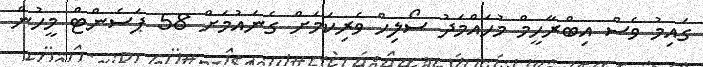
ގައިމު ވެސް އިބްރާހީމް މުހައްމަދު ސޯލިހް ވެރިކަމަށް ގެނައުމަށް 58 ޕަސެންޓް މީހުން